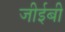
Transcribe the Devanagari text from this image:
जीईबी